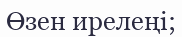
Өзен ирелеңі;